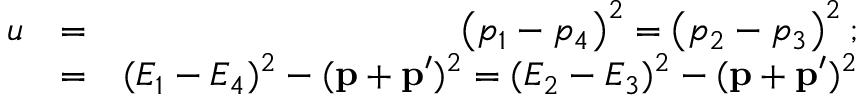
\begin{array} { r l r } { u } & { = } & { \left( p _ { 1 } - p _ { 4 } \right) ^ { 2 } = \left( p _ { 2 } - p _ { 3 } \right) ^ { 2 } ; } \\ & { = } & { ( E _ { 1 } - E _ { 4 } ) ^ { 2 } - ( \mathbf { p } + \mathbf { p } ^ { \prime } ) ^ { 2 } = ( E _ { 2 } - E _ { 3 } ) ^ { 2 } - ( \mathbf { p } + \mathbf { p } ^ { \prime } ) ^ { 2 } } \end{array}